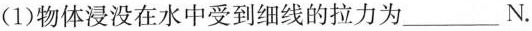
(1)物体浸没在水中受到细线的拉力为___N。